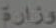
وزارة